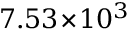
7 . 5 3 \! \times \! 1 0 ^ { 3 }